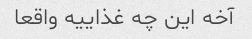
آخه این چه غذاییه واقعا